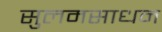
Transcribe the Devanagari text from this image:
सुलमसाधन